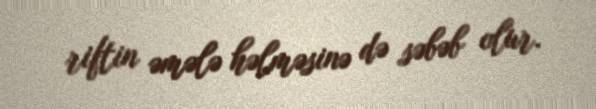
riftin əmələ həlməsinə də səbəb olur.